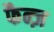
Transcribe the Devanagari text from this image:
फैन्ज़